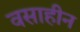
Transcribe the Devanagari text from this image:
वसाहीन